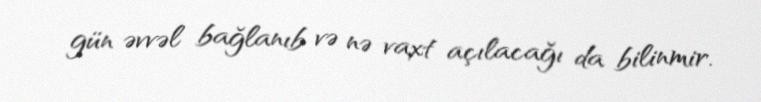
gün əvvəl bağlanıb və nə vaxt açılacağı da bilinmir.